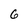
Character: 6